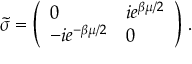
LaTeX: \tilde { \sigma } = \left( \begin{array} { l l } { { 0 } } & { { i e ^ { \beta \mu / 2 } } } \\ { { - i e ^ { - \beta \mu / 2 } } } & { { 0 } } \end{array} \right) \, .